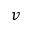
v